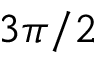
3 \pi / 2